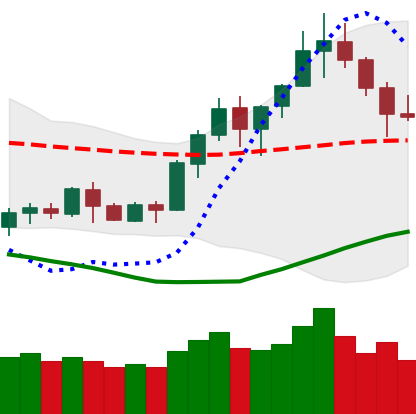
Ticker: BNB-USD
Chart end date: 2020-07-17
Forward return: 5.894%
Label: up_5_7